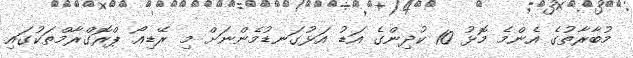
މުބާރާތުގެ އެންމެ މޮޅު 10 ކުދިންގެ އަޑު އަޅުގަނޑުމެންނަށް މި ރޭޑިއޯ ޕްރޮގްރާމްތަކުގައި